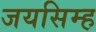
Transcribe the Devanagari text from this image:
जयसिम्ह